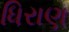
ધિરાણ